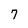
Character: 7